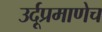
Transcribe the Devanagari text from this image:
उर्दूप्रमाणेच